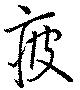
疲